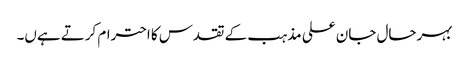
بہرحال جان علی مذہب کے تقدس کا احترام کرتے ہےں۔